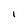
Character: l